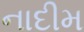
નાદીમ